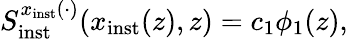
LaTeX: S_{\mathrm{inst}}^{x_{\mathrm{inst}}(\cdot)}(x_{\mathrm{inst}}(z),z)=c_{1}\phi_{1}(z),